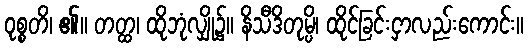
ဝုစ္စတိ၊ ၏။ တတ္ထ၊ ထိုဘုံလျှို၌။ နိသီဒိတုမ္ပိ၊ ထိုင်ခြင်းငှာလည်းကောင်း။